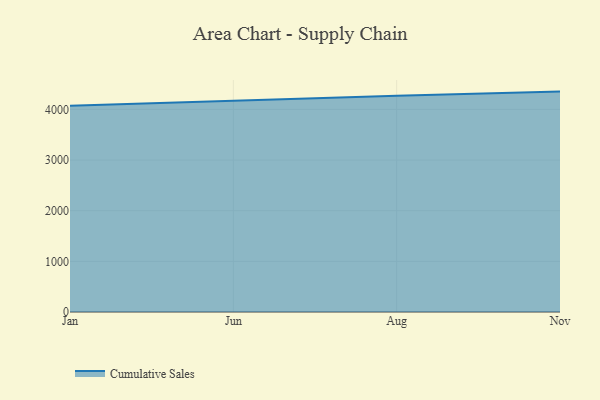
{"axis": {"x": "Month", "y": "Energy Usage (MWh)"}, "legend": ["Cumulative Sales"], "data": [{"x": "Jan", "y": 4070.0, "type": "Cumulative Sales"}, {"x": "Jun", "y": 4175.5, "type": "Cumulative Sales"}, {"x": "Aug", "y": 4270.6, "type": "Cumulative Sales"}, {"x": "Nov", "y": 4351.1, "type": "Cumulative Sales"}]}